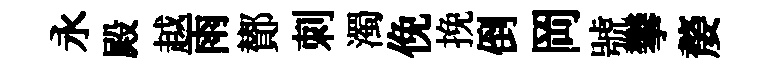
永殿越雨鄼刺濁俛挽倒岡號攀嫠